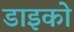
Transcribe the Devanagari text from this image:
डाइको